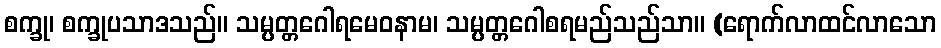
စက္ခု၊ စက္ခုပသာဒသည်။ သမ္ပတ္တဂေါရမေဝနာမ၊ သမ္ပတ္တဂေါစရမည်သည်သာ။ (ရောက်လာထင်လာသော